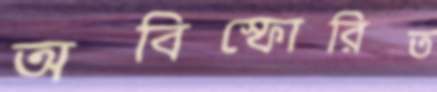
অবিস্ফোরিত